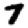
Digit: 7